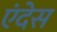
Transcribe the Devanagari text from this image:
एंदेस